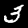
Label: 3